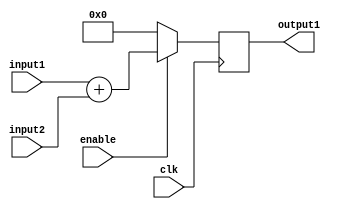
/*
	Author: Aniket Badhan
	Description: Addition stage 3
*/

`timescale 1ns / 1ps

module adderStage3(
    	input [4:0] input1,
    	input [4:0] input2,
    	output reg [5:0] output1,
	input enable,
    	input clk
    );

	always @ (posedge clk) begin
		if(enable) begin
			output1 <= input1 + input2;	
		end
		else begin
			output1 <= 0;	
		end
	end
	
endmodule